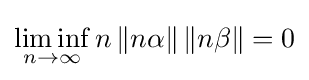
\liminf _{n\rightarrow \infty }n\,\Vert n\alpha \Vert \,\Vert n\beta \Vert =0